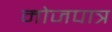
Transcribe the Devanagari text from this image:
मोजपात्र